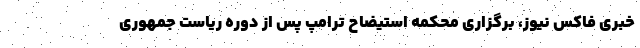
خبری فاکس نیوز، برگزاری محکمه استیضاح ترامپ پس از دوره ریاست جمهوری